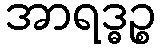
အာရဒ္ဓဉ္စ